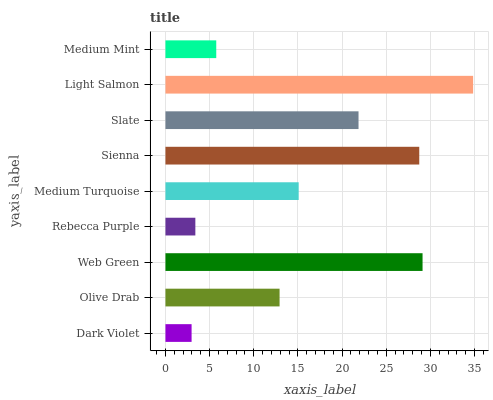
| yaxis_label | bars |
 | --- | --- |
 | Dark Violet | 2.96 |
 | Olive Drab | 12.9 |
 | Web Green | 29.1 |
 | Rebecca Purple | 3.39 |
 | Medium Turquoise | 15.1 |
 | Sienna | 28.7 |
 | Slate | 21.9 |
 | Light Salmon | 34.8 |
 | Medium Mint | 5.75 |